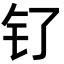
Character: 钌